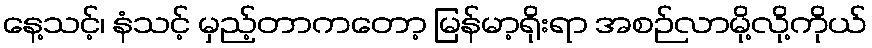
နေ့သင့်၊ နံသင့် မှည့်တာကတော့ မြန်မာ့ရိုးရာ အစဉ်လာမို့လို့ကိုယ်